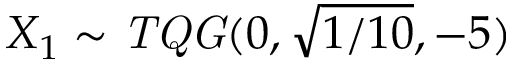
X _ { 1 } \sim \mathit { T Q G } ( 0 , \sqrt { { 1 } / { 1 0 } } , - 5 )